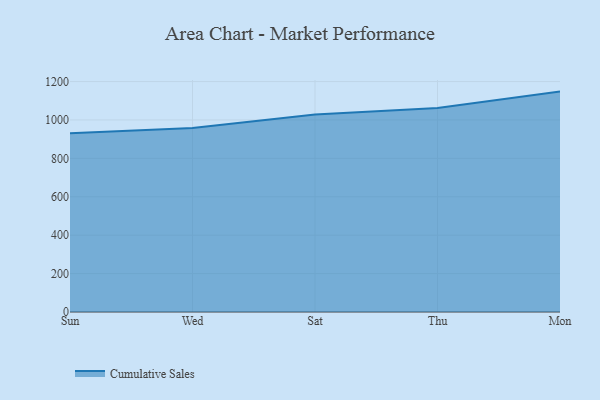
{"axis": {"x": "Day", "y": "Headcount"}, "legend": ["Cumulative Sales"], "data": [{"x": "Sun", "y": 931.0, "type": "Cumulative Sales"}, {"x": "Wed", "y": 958.1, "type": "Cumulative Sales"}, {"x": "Sat", "y": 1028.9, "type": "Cumulative Sales"}, {"x": "Thu", "y": 1062.9, "type": "Cumulative Sales"}, {"x": "Mon", "y": 1147.7, "type": "Cumulative Sales"}]}